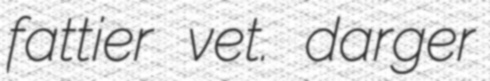
fattier vet. darger